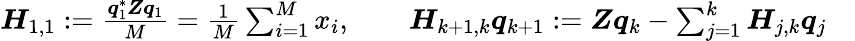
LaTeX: \begin{array}{r}{\boldsymbol{H}_{1,1}:=\frac{\boldsymbol{q}_{1}^{\ast}\boldsymbol{Z}\boldsymbol{q}_{1}}{M}=\frac{1}{M}\sum_{i=1}^{M}x_{i},\qquad\boldsymbol{H}_{k+1,k}\boldsymbol{q}_{k+1}:=\boldsymbol{Z}\boldsymbol{q}_{k}-\sum_{j=1}^{k}\boldsymbol{H}_{j,k}\boldsymbol{q}_{j}\quad}\end{array}